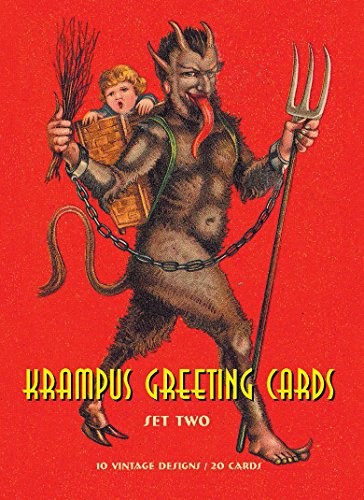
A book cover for Krampus Greeting Cards #2; Monte Beauchamp; Crafts, Hobbies & Home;